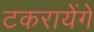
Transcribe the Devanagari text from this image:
टकरायेंगे